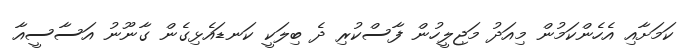
ކަމަށާއި އެހެންކަމުން މިއަދު މަޖިލީހުން ފާސްކުރި ދެ ބިލަކީ ކަނޑައެޅިގެން ގާނޫނު އަސާސީއާ